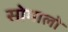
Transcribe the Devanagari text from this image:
सोमालो